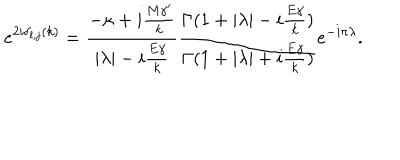
e ^ { 2 i \delta _ { l , j } ( k ) } = { \frac { - \kappa + i { \frac { M { \gamma } ^ { \prime } } { k } } } { | \lambda | - i { \frac { E \gamma } { k } } } } { \frac { \Gamma ( 1 + | \lambda | - i { \frac { E \gamma } { k } } ) } { \Gamma ( 1 + | \lambda | + i { \frac { E \gamma } { k } } ) } } e ^ { - i \pi \lambda } .